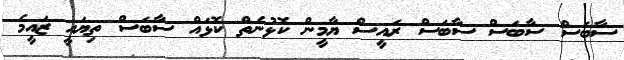
ސާބަސް ސާބަސް ސާބަސް ރައީސް ޔާމީން ކޮޅުނެތް ކޮޅައް ސާބަސް ތިޔައީ ޒައީމެ